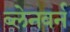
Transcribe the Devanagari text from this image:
ब्लेनवर्न